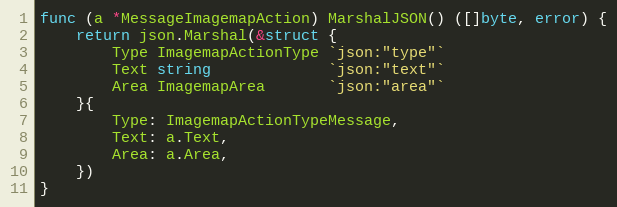
Language: Go
func (a *MessageImagemapAction) MarshalJSON() ([]byte, error) {
	return json.Marshal(&struct {
		Type ImagemapActionType `json:"type"`
		Text string             `json:"text"`
		Area ImagemapArea       `json:"area"`
	}{
		Type: ImagemapActionTypeMessage,
		Text: a.Text,
		Area: a.Area,
	})
}